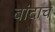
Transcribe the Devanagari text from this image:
बांदाच